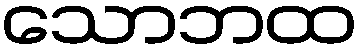
သောဘထ